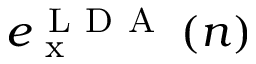
e _ { \mathrm { ~ x ~ } } ^ { \mathrm { ~ L ~ D ~ A ~ } } \left( n \right)